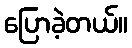
ပြောခဲ့တယ်။